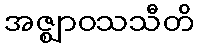
အဇ္ဈာဝသသီတိ